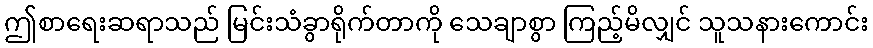
ဤစာရေးဆရာသည် မြင်းသံခွာရိုက်တာကို သေချာစွာ ကြည့်မိလျှင် သူသနားကောင်း